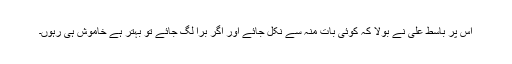
اس پر باسط علی نے بولا کہ کوئی بات منہ سے نکل جائے اور اگر برا لگ جائے تو بہتر ہے خاموش ہی رہوں۔